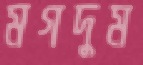
মগদুম